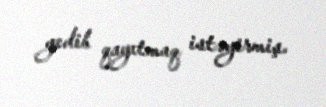
gedib qayıtmaq istəyirmiş.